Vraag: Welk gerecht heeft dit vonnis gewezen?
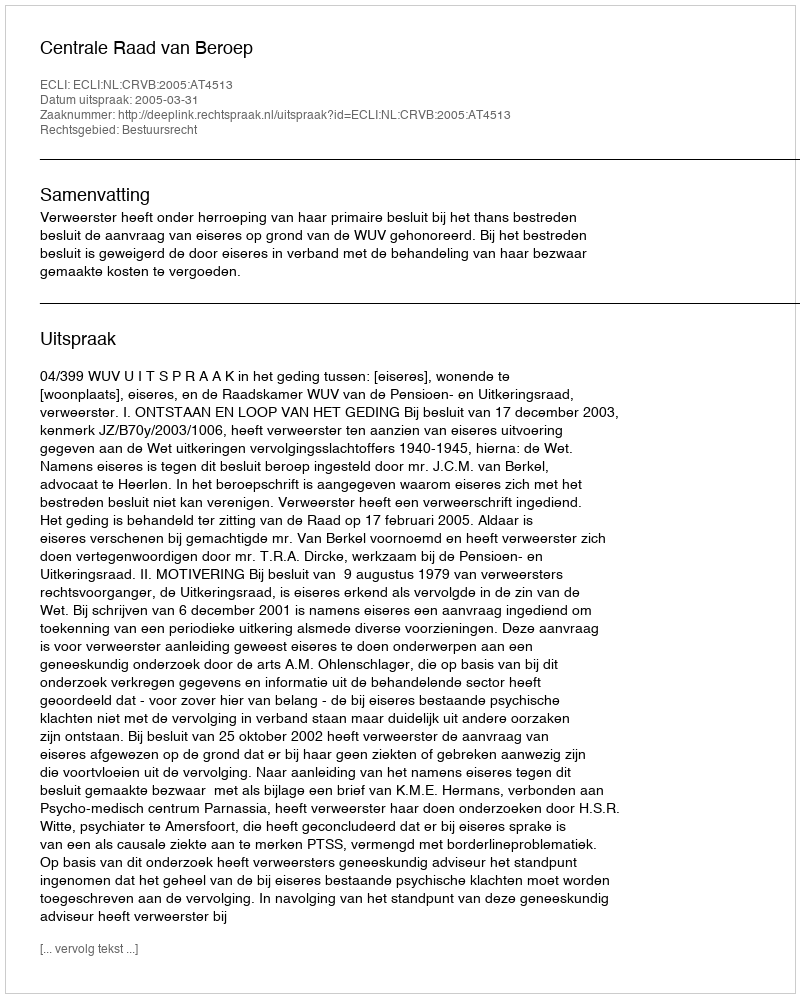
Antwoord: Centrale Raad van Beroep